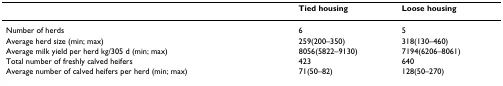
<table><thead><tr><td></td><td><b>Tied housing</b></td><td><b>Loose housing</b></td></tr></thead><tbody><tr><td>Number of herds</td><td>6</td><td>5</td></tr><tr><td>Average herd size (min; max)</td><td>259(200–350)</td><td>318(130–460)</td></tr><tr><td>Average milk yield per herd kg/305 d (min; max)</td><td>8056(5822–9130)</td><td>7194(6206–8061)</td></tr><tr><td>Total number of freshly calved heifers</td><td>423</td><td>640</td></tr><tr><td>Average number of calved heifers per herd (min; max)</td><td>71(50–82)</td><td>128(50–270)</td></tr></tbody></table>